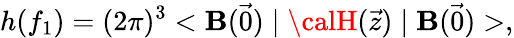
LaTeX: h(f_{1})=(2\pi)^{3}<\mathbf{B}(\vec{{0}})\mid{\calH}(\vec{{z}})\mid\mathbf{B}(\vec{{0}})>,